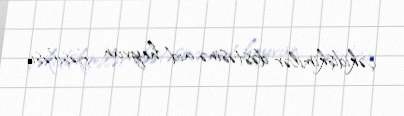
çəkidişkimilər dəstəsinə aid heyvan fəsiləsi.